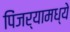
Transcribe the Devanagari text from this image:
पिंजर्यामध्ये